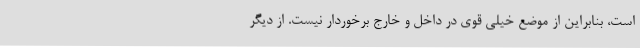
است، بنابراین از موضع خیلی قوی در داخل و خارج برخوردار نیست. از دیگر